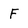
Character: F